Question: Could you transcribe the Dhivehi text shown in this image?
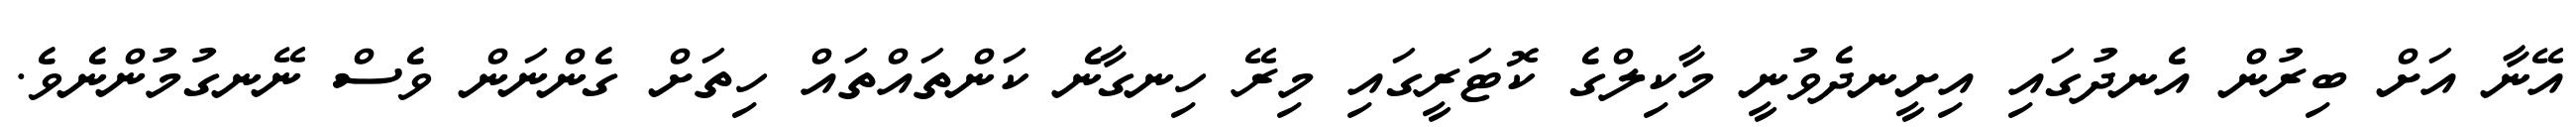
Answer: އޭނާ އަށް ބިރުން އެނދުގައި އިށީނދެވުނީ މާކިލްގެ ކޮޓަރީގައި މިރޭ ހިނގާނެ ކަންތައްތައް ހިތަށް ގެންނަން ވެސް ނޭނގުމުންނެވެ.